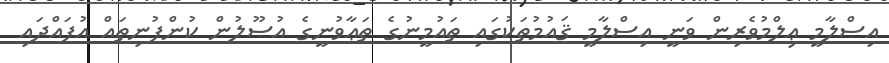
އިސްލާމީ ޢިލްމުވެރިން ވަނީ އިސްލާމީ ޤައުމުތަކުގައި ތައުމީނުގެ ތަޢާވުނީގެ އުޞޫލުން ކުންފުނިތައް އުފައްދައި